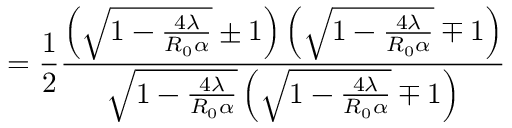
= \frac { 1 } { 2 } \frac { \left( \sqrt { 1 - \frac { 4 \lambda } { R _ { 0 } \alpha } } \pm 1 \right) \left( \sqrt { 1 - \frac { 4 \lambda } { R _ { 0 } \alpha } } \mp 1 \right) } { \sqrt { 1 - \frac { 4 \lambda } { R _ { 0 } \alpha } } \left( \sqrt { 1 - \frac { 4 \lambda } { R _ { 0 } \alpha } } \mp 1 \right) }